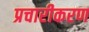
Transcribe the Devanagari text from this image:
प्रचारीकरण